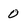
Character: 0